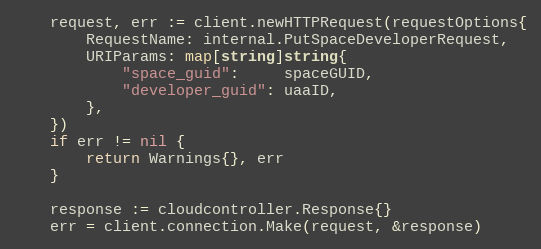
Language: Go
	request, err := client.newHTTPRequest(requestOptions{
		RequestName: internal.PutSpaceDeveloperRequest,
		URIParams: map[string]string{
			"space_guid":     spaceGUID,
			"developer_guid": uaaID,
		},
	})
	if err != nil {
		return Warnings{}, err
	}

	response := cloudcontroller.Response{}
	err = client.connection.Make(request, &response)